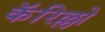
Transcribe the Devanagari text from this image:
कॅरिल्लो